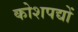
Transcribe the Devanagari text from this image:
कोशपद्यों